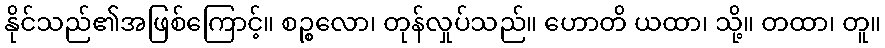
နိုင်သည်၏အဖြစ်ကြောင့်။ စဉ္စလော၊ တုန်လှုပ်သည်။ ဟောတိ ယထာ၊ သို့။ တထာ၊ တူ။